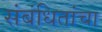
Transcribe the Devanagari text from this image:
संबंधितांचा